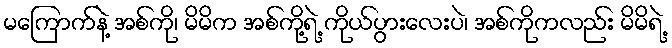
မကြောက်နဲ့ အစ်ကို၊ မိမိက အစ်ကို့ရဲ့ ကိုယ်ပွားလေးပဲ၊ အစ်ကိုကလည်း မိမိရဲ့